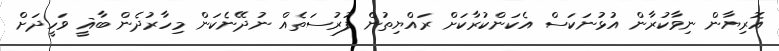
އޮރިޔާން ނިވާކުރާން އުޅުނަކަސް އެކަންކުރާކަށް ރައްޔިތުން ފުރުސަތެއް ނުދޭނެކަން މިހާރުދެން ބާޣީ ވަހީދަށް